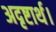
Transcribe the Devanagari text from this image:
अदृष्टार्थ।